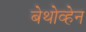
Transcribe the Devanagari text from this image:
बेथोव्हेन